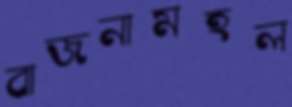
বাজনামহল